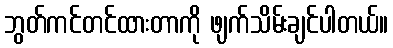
ဘွတ်ကင်တင်ထားတာကို ဖျက်သိမ်းချင်ပါတယ်။